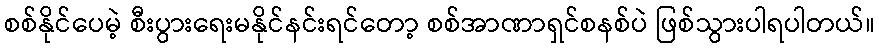
စစ်နိုင်ပေမဲ့ စီးပွားရေးမနိုင်နင်းရင်တော့ စစ်အာဏာရှင်စနစ်ပဲ ဖြစ်သွားပါရပါတယ်။